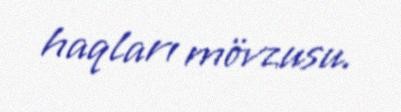
haqları mövzusu.